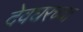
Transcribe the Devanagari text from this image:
देवघरच्या